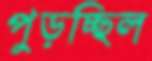
পুড়চ্ছিল